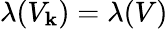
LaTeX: \lambda(V_{\mathbf{k}})=\lambda(V)